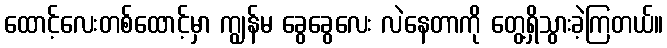
ထောင့်လေးတစ်ထောင့်မှာ ကျွန်မ ခွေခွေလေး လဲနေတာကို တွေ့ရှိသွားခဲ့ကြတယ်။